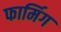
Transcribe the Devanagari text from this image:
फार्मिग